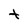
Character: t